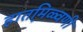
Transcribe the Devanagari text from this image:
हातमि़ळ्वणी